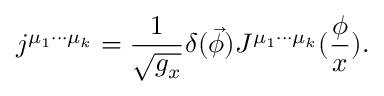
j ^ { \mu _ { 1 } \cdot \cdot \cdot \mu _ { k } } = \frac 1 { \sqrt { g _ { x } } } \delta ( \vec { \phi } ) J ^ { \mu _ { 1 } \cdot \cdot \cdot \mu _ { k } } ( \frac \phi x ) .